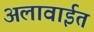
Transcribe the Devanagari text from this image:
अलावाईत